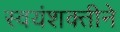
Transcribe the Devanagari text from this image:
स्वयंशक्तीने